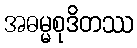
အဓမ္မစုဒိတဿ